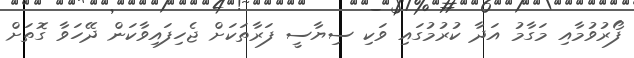
ފޯރުވުމާއި މަގާމު އަދާ ކުރުމުގައި ވަކި ސިޔާސީ ފަރާތަކަށް ޖެހިފައިވާކަން ދޭހަވާ ގޮތަށް